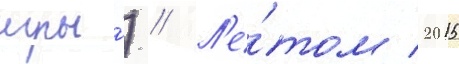
игры́) // Л'е́том 2015